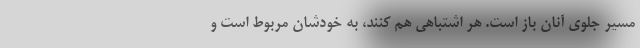
مسیر جلوی آنان باز است. هر اشتباهی هم کنند، به خودشان مربوط است و